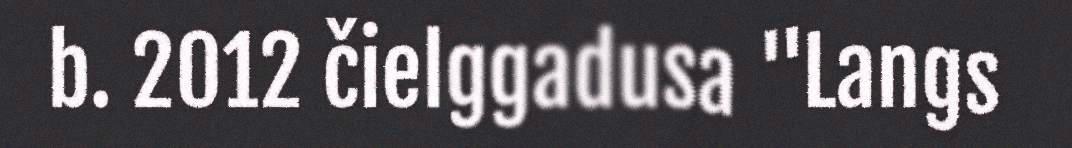
b. 2012 čielggadusa "Langs